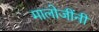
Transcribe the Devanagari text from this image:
मालोजींनी